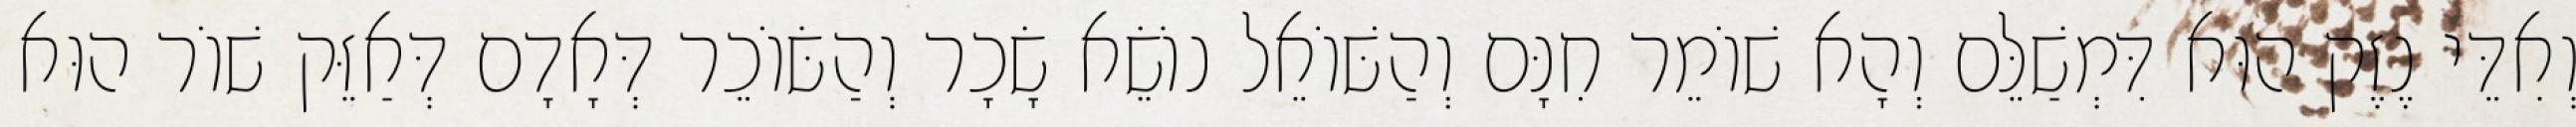
וְאִדֵּי נֶזֶק הוּא דִּמְשַׁלֵּם וְהָא שׁוֹמֵר חִנָּם וְהַשּׁוֹאֵל נוֹשֵׂא שָׂכָר וְהַשּׂוֹכֵר דְּאָדָם דְּאַזֵּק שׁוֹר הוּא